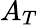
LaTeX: A_{T}